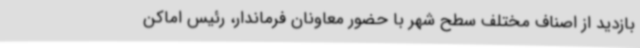
بازدید از اصناف مختلف سطح شهر با حضور معاونان فرماندار، رئیس اماکن